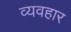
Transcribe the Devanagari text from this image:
व्यवहार